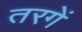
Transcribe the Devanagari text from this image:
तरगें